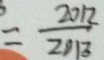
= \frac { 2 0 1 2 } { 2 0 1 3 }